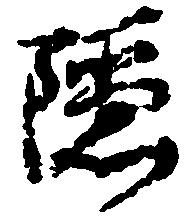
隠